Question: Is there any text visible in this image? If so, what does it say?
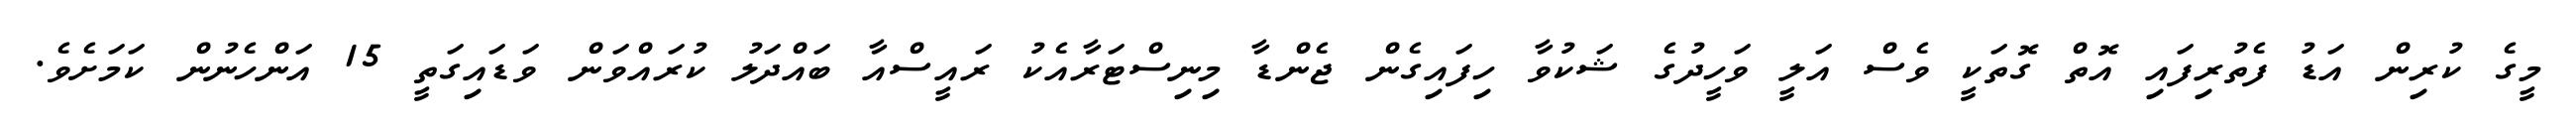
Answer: މީގެ ކުރިން އަޑު ފެތުރިފައި އޮތް ގޮތަކީ ވެސް އަލީ ވަހީދުގެ ޝަކުވާ ހިފައިގެން ޖެންޑާ މިނިސްޓަރާއެކު ރައީސްއާ ބައްދަލު ކުރައްވަން ވަޑައިގަތީ 15 އަންހެނުން ކަމަށެވެ.